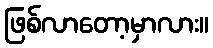
ဖြစ်လာတော့မှာလား။